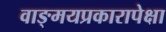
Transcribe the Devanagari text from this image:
वाङ्‌मयप्रकारापेक्षा